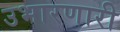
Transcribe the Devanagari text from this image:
उभारणारी